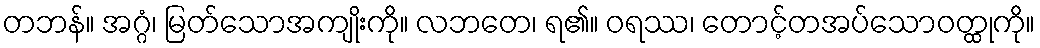
တဘန်။ အဂ္ဂံ၊ မြတ်သောအကျိုးကို။ လဘတေ၊ ရ၏။ ဝရဿ၊ တောင့်တအပ်သောဝတ္ထုကို။